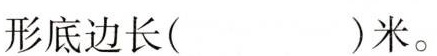
形底边长( )米。